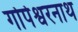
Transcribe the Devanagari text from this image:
गोपेश्वरनाथ